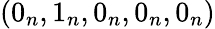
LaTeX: (0_{n},1_{n},0_{n},0_{n},0_{n})